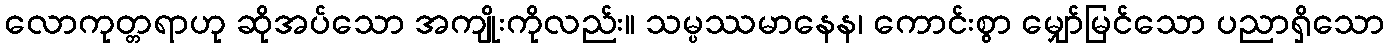
လောကုတ္တရာဟု ဆိုအပ်သော အကျိုးကိုလည်း။ သမ္ပဿမာနေန၊ ကောင်းစွာ မျှော်မြင်သော ပညာရှိသော